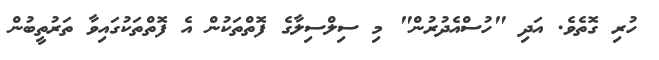
ހުރި ގޮތެވެ. އަދި "ހުސްއެދުރުން" މި ސިލްސިލާގެ ފޮތްތަކުން އެ ފޮތްތަކުގައިވާ ތަރުތީބުން